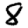
Digit: 8